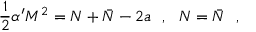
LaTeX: \frac { 1 } { 2 } \alpha ^ { \prime } M ^ { 2 } = N + \bar { N } - 2 a \ \ , \ \ N = \bar { N } \ \ ,